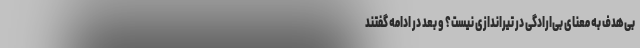
بی‌هدف به معنای بی‌ارادگی در تیراندازی نیست؟ و بعد در ادامه گفتند